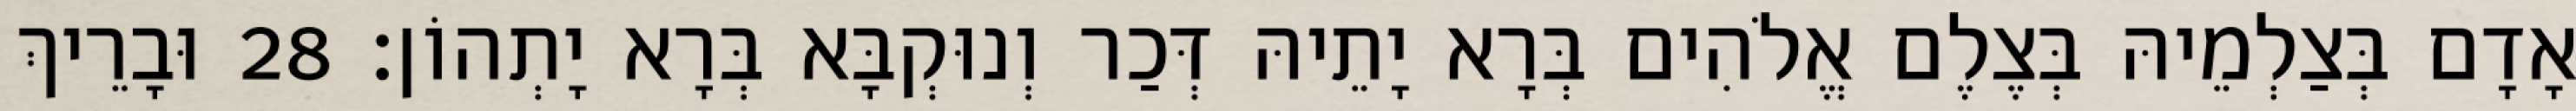
אָדָם בְּצַלְמֵיהּ בְּצֶלֶם אֱלֹהִים בְּרָא יָתֵיהּ דְּכַר וְנוּקְבָּא בְּרָא יָתְהוֹן׃ 28 וּבָרֵיךְ